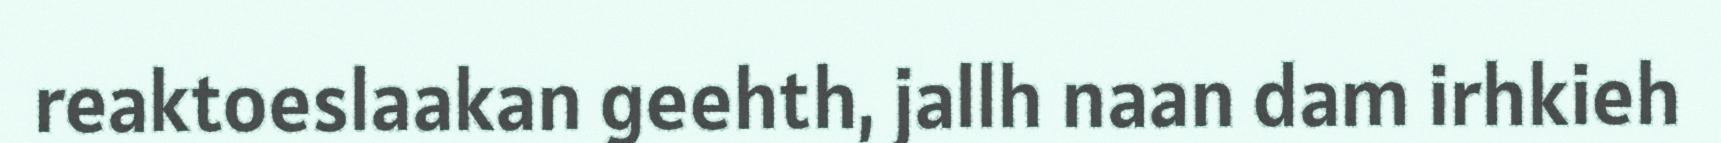
reaktoeslaakan geehth, jallh naan dam irhkieh